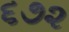
૬૭૨